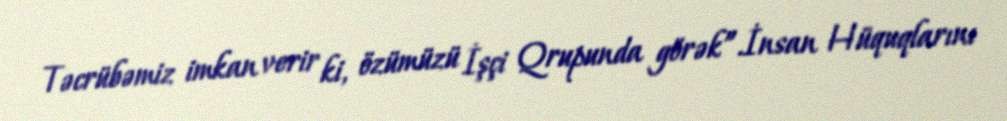
Təcrübəmiz imkan verir ki, özümüzü İşçi Qrupunda görək”.İnsan Hüquqlarını